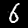
Label: 6